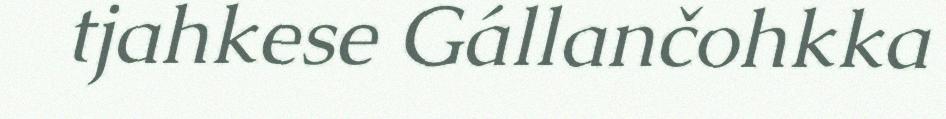
tjahkese Gállančohkka